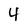
Character: 4